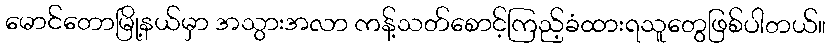
မောင်တောမြို့နယ်မှာ အသွားအလာ ကန့်သတ်စောင့်ကြည့်ခံထားရသူတွေဖြစ်ပါတယ်။